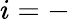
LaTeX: i=-